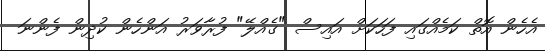
އެހެން އޮތް ކަމެއްގައި ފަހަކަށް އައިސް "ގެއްލޭ" ފުރާވަރު އަންހެން ކުދިން ފެންނަ